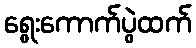
ရွေးကောက်ပွဲထက်